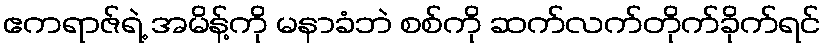
ဧကရာဇ်ရဲ့ အမိန့်ကို မနာခံဘဲ စစ်ကို ဆက်လက်တိုက်ခိုက်ရင်